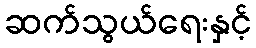
ဆက်သွယ်ရေးနှင့်